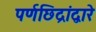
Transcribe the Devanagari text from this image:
पर्णछिद्रांद्वारे